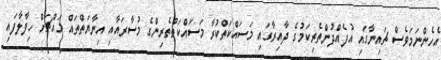
އެހެންނަމަވެސް ޗައިނާގައި އުފެއްދުންތެރިކަމުގެ ދާއިރާގައި މަސައްކަތްކުރާ މަސައްކަތްތެރިންގެ މުސާރައާއި އިނާޔަތްތައް މައްޗަށް ހިފާލާފައި